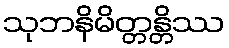
သုဘနိမိတ္တန္တိဿ